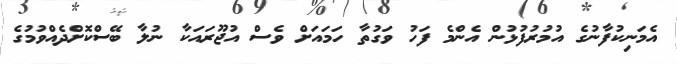
އެމަނިކުފާނުގެ އުމުރުފުޅުން އެންމެ ފަހު ވަގުތާ ހަމައަށް ވެސް އުޖޫރައަކާ ނުލާ ބޭސްކޮށްދެއްވުމުގެ